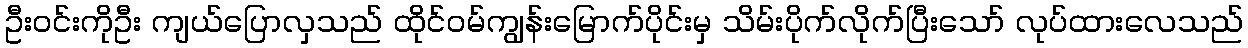
ဦးဝင်းကိုဦး ကျယ်ပြောလှသည် ထိုင်ဝမ်ကျွန်းမြောက်ပိုင်းမှ သိမ်းပိုက်လိုက်ပြီးသော် လုပ်ထားလေသည်